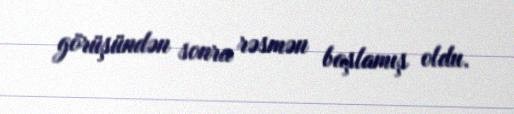
görüşündən sonra rəsmən başlamış oldu.